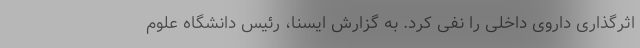
اثرگذاری داروی داخلی را نفی کرد. به گزارش ایسنا، رئیس دانشگاه علوم